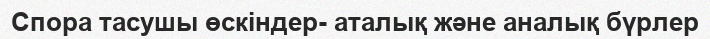
Спора тасушы өскіндер- аталық және аналық бүрлер